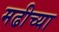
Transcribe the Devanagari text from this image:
मढीच्या